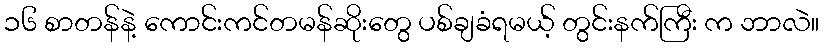
၁၆ စာတန်နဲ့ ကောင်းကင်တမန်ဆိုးတွေ ပစ်ချခံရမယ့် တွင်းနက်ကြီး က ဘာလဲ။